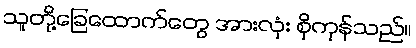
သူတို့ခြေထောက်တွေ အားလုံး စိုကုန်သည်။